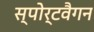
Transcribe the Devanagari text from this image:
स्पोर्टवैगन